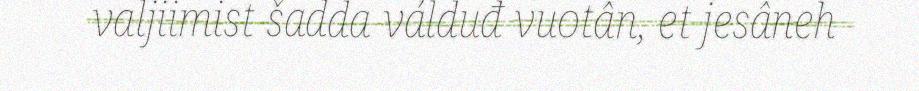
valjiimist šadda válduđ vuotân, et jesâneh